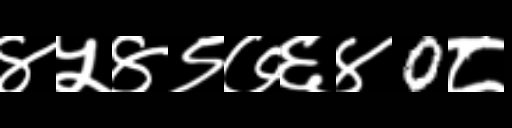
Text: ४५४९७६४0८